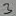
Text: 3